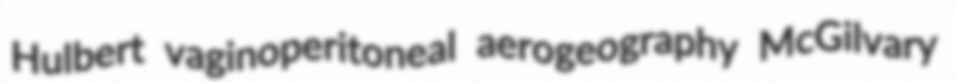
Hulbert vaginoperitoneal aerogeography McGilvary